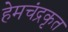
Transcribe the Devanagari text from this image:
हेमचंद्रकृत